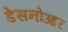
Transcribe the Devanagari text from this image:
डेसनोआर